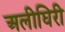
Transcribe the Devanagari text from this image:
अलीघिरी